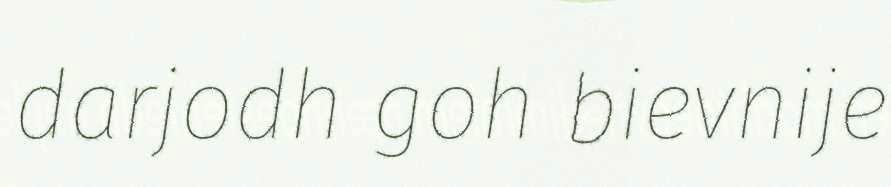
darjodh goh bievnije